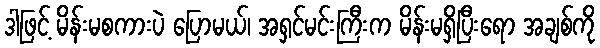
ဒါဖြင့် မိန်းမစကားပဲ ပြောမယ်၊ အရှင်မင်းကြီးက မိန်းမရှိပြီးရော အချစ်ကို